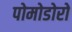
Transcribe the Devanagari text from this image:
पोमोडोरो